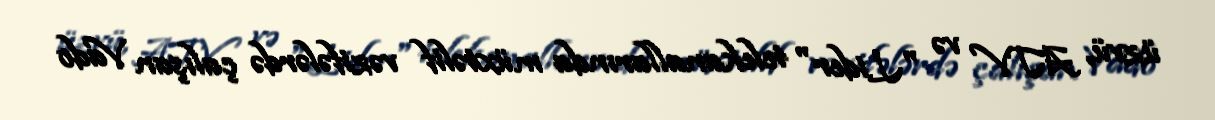
üzvü, ATV və "Lider" telekanallarında müxtəlif vəzifələrdə çalışan Vado